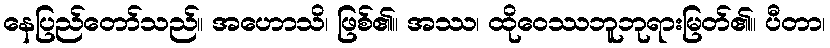
နေပြည်တော်သည်။ အဟောသိ၊ ဖြစ်၏။ အဿ၊ ထိုဝေဿဘူဘုရားမြတ်၏။ ပီတာ၊